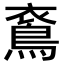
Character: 𪀰